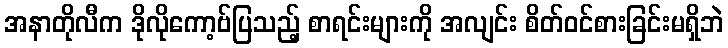
အနာတိုလီက ဒိုလိုကော့ဗ်ပြသည့် စာရင်းများကို အလျင်း စိတ်ဝင်စားခြင်းမရှိဘဲ